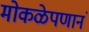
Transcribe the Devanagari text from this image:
मोकळेपणानं